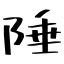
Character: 陲